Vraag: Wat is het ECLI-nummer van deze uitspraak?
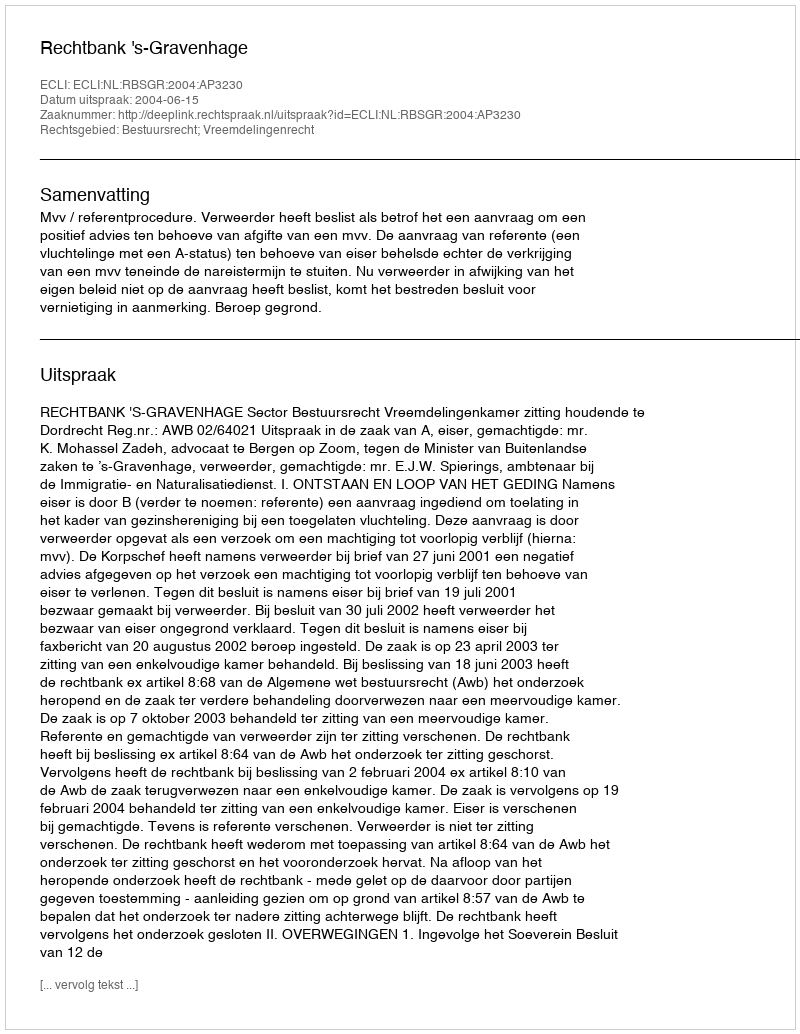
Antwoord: ECLI:NL:RBSGR:2004:AP3230